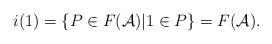
LaTeX: \begin{align*}i(1)=\{P \in F(\mathcal{A}) | 1 \in P\}=F(\mathcal{A}).\end{align*}